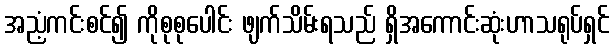
အညံ့ကင်းစင်၍ ကိုစုစုပေါင်း ဖျက်သိမ်းရသည် ရှိအကောင်းဆုံးဟာသရုပ်ရှင်